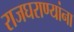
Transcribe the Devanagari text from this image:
राजघराण्यांना